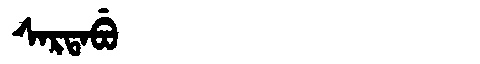
Manchu: ᠰᠠᡵᡨᠠᠪᡠ
Romanization: SARTABU